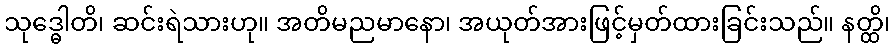
သုဒ္ဓေါတိ၊ ဆင်းရဲသားဟု။ အတိမညမာနော၊ အယုတ်အားဖြင့်မှတ်ထားခြင်းသည်။ နတ္ထိ၊